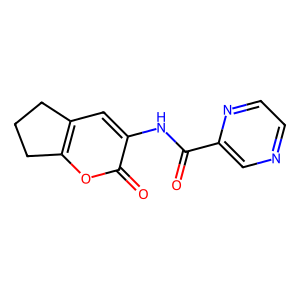
SMILES: O=C(Nc1cc2c(oc1=O)CCC2)c1cnccn1
Inhibits HIV replication: No